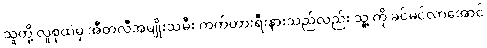
သူတို့ လူစုထဲမှ အီတလီအမျိုးသမီး ကက်တားရီးနားသည်လည်း သူ့ ကို ခင်မင်လာအောင်